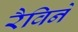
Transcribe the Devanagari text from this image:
रैविने